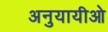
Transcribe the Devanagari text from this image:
अनुयायीओ